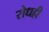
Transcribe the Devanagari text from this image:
रोधही